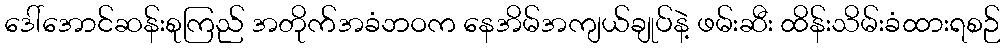
ဒေါ်အောင်ဆန်းစုကြည် အတိုက်အခံဘဝက နေအိမ်အကျယ်ချုပ်နဲ့ ဖမ်းဆီး ထိန်းသိမ်းခံထားရစဉ်